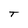
Character: T